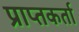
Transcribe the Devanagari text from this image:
प्राप्‍तकर्ता